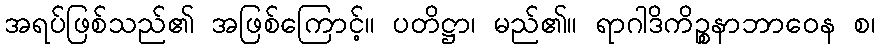
အရပ်ဖြစ်သည်၏ အဖြစ်ကြောင့်။ ပတိဋ္ဌာ၊ မည်၏။ ရာဂါဒိကိဉ္စနာဘာဝေန စ၊